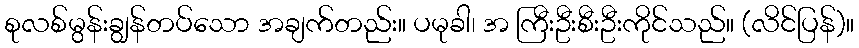
စုလစ်မွန်းချွန်တပ်သော အချက်တည်း။ ပမုခါ၊ အ ကြီးဦးစီးဦးကိုင်သည်။ (လိင်ပြန်)။